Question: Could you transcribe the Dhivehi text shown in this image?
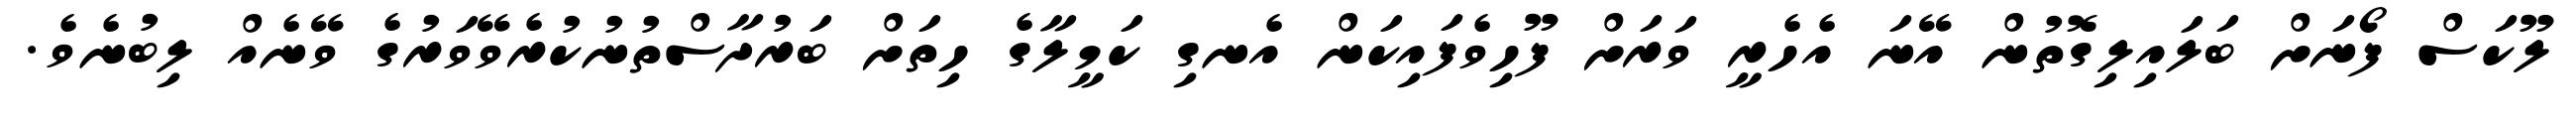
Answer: ލޫކަސް ފޯނަށް ބަލައިލިގޮތުން އޭނަ އެހެރީ ވަރަށް ފޫހިވެފައިކަން އެނގި ކަމީލާގެ ހިތަށް ބަރުދާސްތުނުކުރެވޭވަރުގެ ވޭނެއް ލިބުނެވެ.